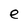
Character: e